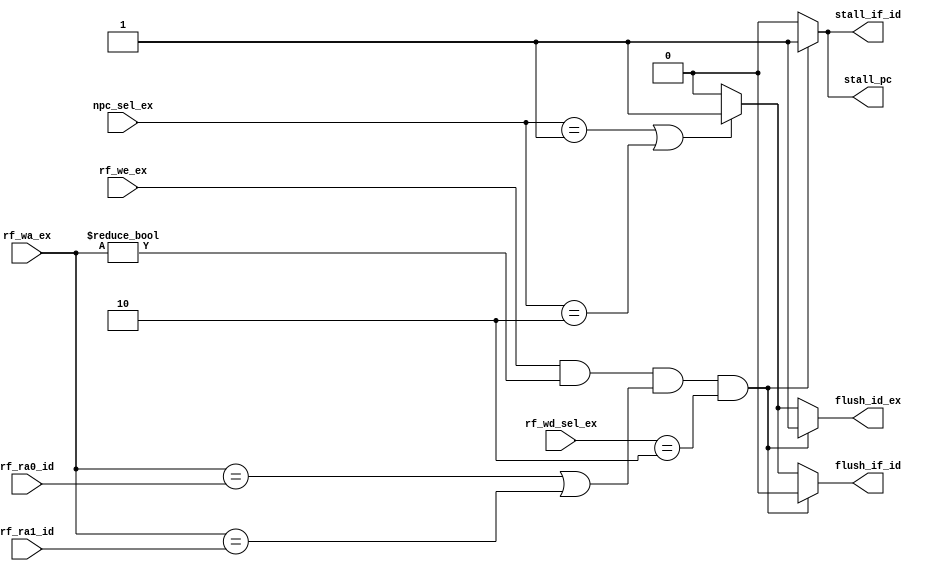
`timescale 1ns / 1ps
//////////////////////////////////////////////////////////////////////////////////
// Company: 
// Engineer: 
// 
// Design Name: 
// Module Name: segCtrl
// Project Name: 
// Target Devices: 
// Tool Versions: 
// Description: 
// 
// Dependencies: 
// 
// Revision:
// Revision 0.01 - File Created
// Additional Comments:
// 
//////////////////////////////////////////////////////////////////////////////////


module segCtrl(
    input [0:0] rf_we_ex,
    input [1:0] rf_wd_sel_ex,
    input [4:0] rf_wa_ex,
    input [4:0] rf_ra0_id,
    input [4:0] rf_ra1_id,
    input [1:0] npc_sel_ex,
    
    output reg [0:0] stall_pc,
    output reg [0:0] stall_if_id,
    output reg [0:0] flush_if_id,
    output reg [0:0] flush_id_ex
);
//Load-use
always @(*)begin
    if(rf_we_ex && rf_wa_ex!=0 && (rf_wa_ex==rf_ra0_id||rf_wa_ex==rf_ra1_id) && rf_wd_sel_ex==2'B10)begin
        stall_pc = 1;
        stall_if_id = 1;
        flush_if_id = 0;
        flush_id_ex = 1;
    end
    else if(npc_sel_ex==2'B01||npc_sel_ex==2'B10)begin
        stall_pc = 0;
        stall_if_id = 0;
        flush_if_id = 1;
        flush_id_ex = 1;
    end
    else begin
        stall_pc = 0;
        stall_if_id = 0;
        flush_if_id = 0;
        flush_id_ex = 0;
    end
end
endmodule